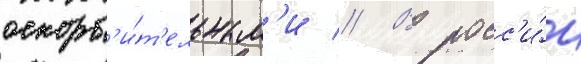
оскорб'и́т'ельным'и // В росс'и́и